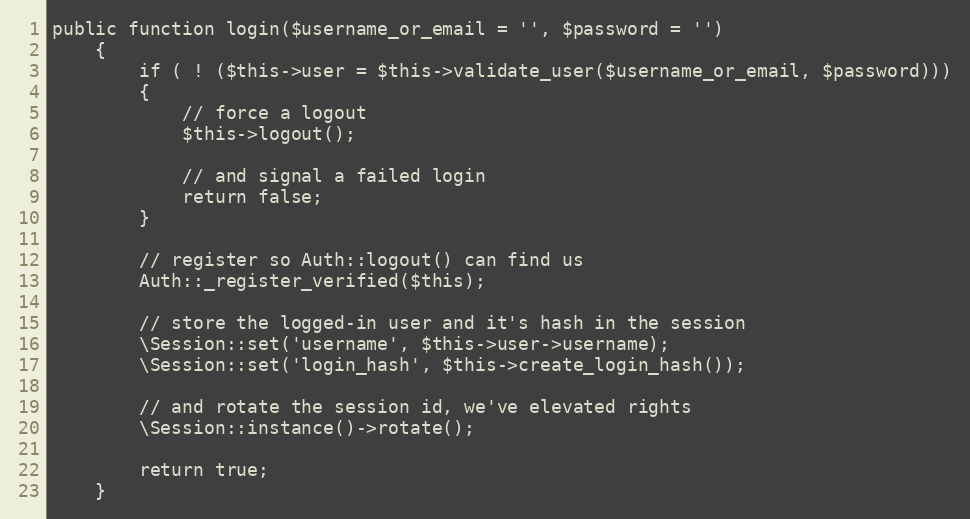
Language: PHP
public function login($username_or_email = '', $password = '')
	{
		if ( ! ($this->user = $this->validate_user($username_or_email, $password)))
		{
			// force a logout
			$this->logout();

			// and signal a failed login
			return false;
		}

		// register so Auth::logout() can find us
		Auth::_register_verified($this);

		// store the logged-in user and it's hash in the session
		\Session::set('username', $this->user->username);
		\Session::set('login_hash', $this->create_login_hash());

		// and rotate the session id, we've elevated rights
		\Session::instance()->rotate();

		return true;
	}